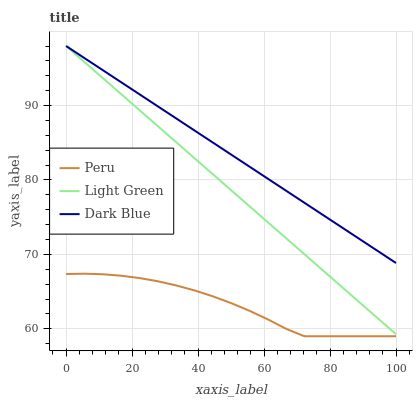
| xaxis_label | Peru | Light Green | Dark Blue |
 | --- | --- | --- | --- |
 | 0 | 67.4 | 98 | 98 |
 | 5.56 | 67.4 | 95.8 | 96.4 |
 | 11.1 | 67.3 | 93.7 | 94.8 |
 | 16.7 | 67.1 | 91.5 | 93.1 |
 | 22.2 | 66.8 | 89.4 | 91.5 |
 | 27.8 | 66.4 | 87.2 | 89.9 |
 | 33.3 | 65.8 | 85.1 | 88.3 |
 | 38.9 | 65.2 | 82.9 | 86.7 |
 | 44.4 | 64.4 | 80.8 | 85 |
 | 50 | 63.5 | 78.6 | 83.4 |
 | 55.6 | 62.4 | 76.5 | 81.8 |
 | 61.1 | 61.3 | 74.3 | 80.2 |
 | 66.7 | 60 | 72.2 | 78.6 |
 | 72.2 | 59 | 70 | 76.9 |
 | 77.8 | 59 | 67.9 | 75.3 |
 | 83.3 | 59 | 65.7 | 73.7 |
 | 88.9 | 59 | 63.6 | 72.1 |
 | 94.4 | 59 | 61.4 | 70.5 |
 | 100 | 59 | 59.3 | 68.8 |